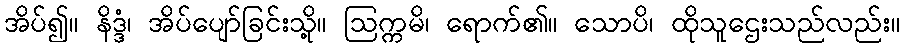
အိပ်၍။ နိဒ္ဒံ၊ အိပ်ပျော်ခြင်းသို့။ ဩက္ကမိ၊ ရောက်၏။ သောပိ၊ ထိုသူဌေးသည်လည်း။